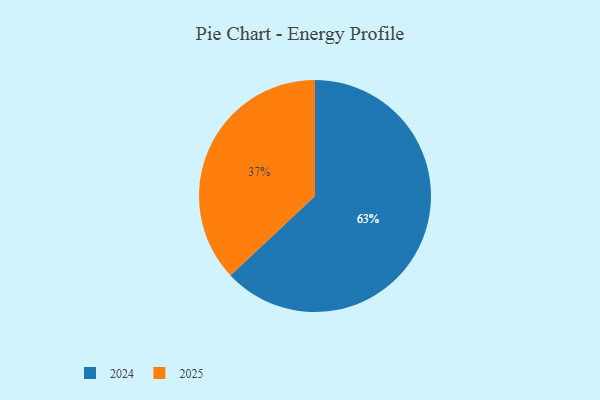
{"axis": {"x": "Category", "y": "Percentage"}, "legend": ["2024", "2025"], "data": [{"x": "2025", "y": 37, "type": "2025"}, {"x": "2024", "y": 63, "type": "2024"}]}